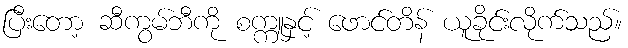
ပြီးတော့ ဆီကွမ်ဘီကို စက္ကူနှင့် ဖောင်တိန် ယူခိုင်းလိုက်သည်။